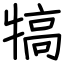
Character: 犒